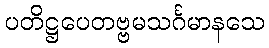
ပတိဋ္ဌပေတဗ္ဗမသင်္ဂမာနသေ